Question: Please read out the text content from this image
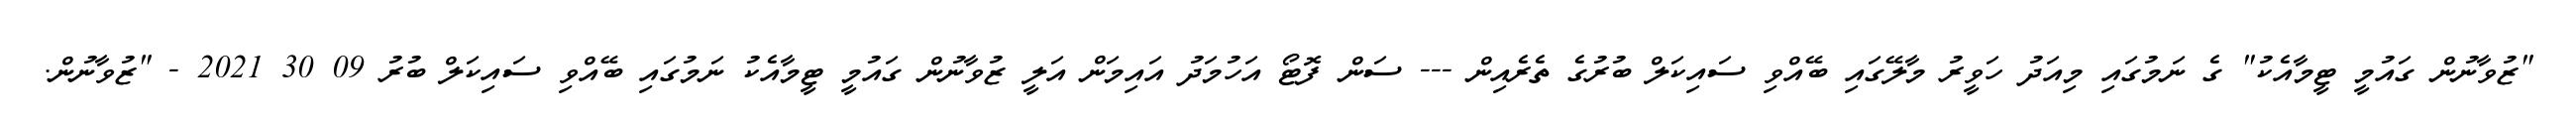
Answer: "ޒުވާނުން ގައުމީ ޓީމާއެކު" ގެ ނަމުގައި މިއަދު ހަވީރު މާލޭގައި ބޭއްވި ސައިކަލް ބުރުގެ ތެރެއިން --- ސަން ފޮޓޯ އަހުމަދު އައިމަން އަލީ ޒުވާނުން ގައުމީ ޓީމާއެކު ނަމުގައި ބޭއްވި ސައިކަލް ބުރު 09 30 2021 - "ޒުވާނުން.